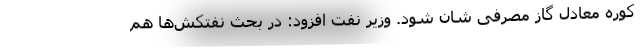
کوره معادل گاز مصرفی شان شود. وزیر نفت افزود: در بحث نفتکش‌ها هم